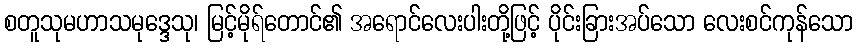
စတူသုမဟာသမုဒ္ဒေသု၊ မြင့်မိုရ်တောင်၏ အရောင်လေးပါးတို့ဖြင့် ပိုင်းခြားအပ်သော လေးစင်ကုန်သော